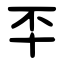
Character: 㔻